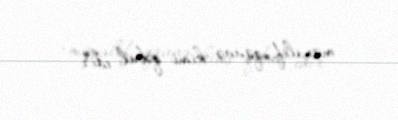
müxalif qüvvə kimi qəbul edir .